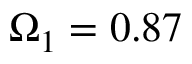
\Omega _ { 1 } = 0 . 8 7